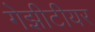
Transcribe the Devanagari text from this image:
गेझीटीयर